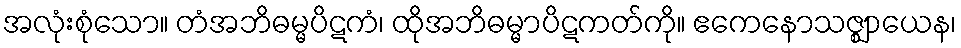
အလုံးစုံသော။ တံအဘိဓမ္မပိဋကံ၊ ထိုအဘိဓမ္မာပိဋကတ်ကို။ ဧကေနောသဇ္ဈာယေန၊